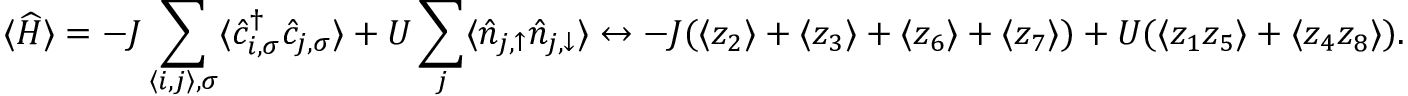
\langle \widehat { H } \rangle = - J \sum _ { { \left\langle i , j \right\rangle } , \sigma } \langle \hat { c } _ { { i } , \sigma } ^ { \dagger } \hat { c } _ { { j } , \sigma } \rangle + U \sum _ { { j } } \langle \hat { n } _ { { j } , \uparrow } \hat { n } _ { { j } , \downarrow } \rangle \leftrightarrow - J ( \langle z _ { 2 } \rangle + \langle z _ { 3 } \rangle + \langle z _ { 6 } \rangle + \langle z _ { 7 } \rangle ) + U ( \langle z _ { 1 } z _ { 5 } \rangle + \langle z _ { 4 } z _ { 8 } \rangle ) .